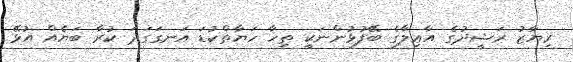
ރިޔާޒު ރަޝީދުގެ އާޢިލާގެ ބޭފުޅުންނަކީ ތިހާ ހަޔާތްކުޑަ އަނގަގަދަ ކުރާ ބަޔެއް އުޅޭ